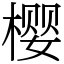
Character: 樱